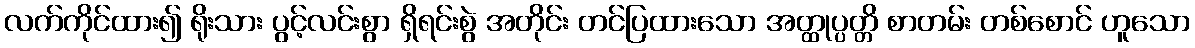
လက်ကိုင်ထား၍ ရိုးသား ပွင့်လင်းစွာ ရှိရင်းစွဲ အတိုင်း တင်ပြထားသော အတ္ထုပ္ပတ္တိ စာတမ်း တစ်စောင် ဟူသော